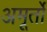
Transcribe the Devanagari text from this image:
अमूर्तो